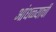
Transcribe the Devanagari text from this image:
आंधळ्याची